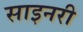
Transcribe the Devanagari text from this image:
साइनरी